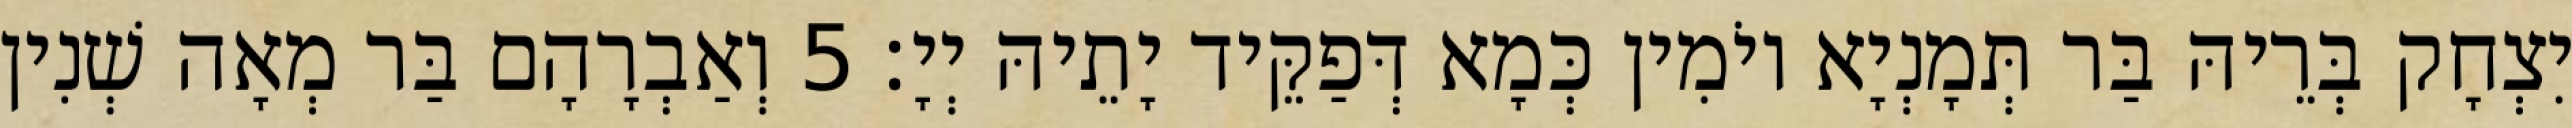
יִצְחָק בְּרֵיהּ בַּר תְּמָנְיָא יוֹמִין כְּמָא דְּפַקֵּיד יָתֵיהּ יְיָ׃ 5 וְאַבְרָהָם בַּר מְאָה שְׁנִין